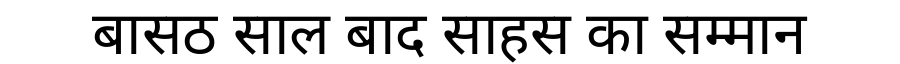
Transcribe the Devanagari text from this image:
बासठ साल बाद साहस का सम्मान